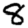
Digit: 8